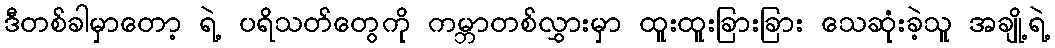
ဒီတစ်ခါမှာတော့ ရဲ့ ပရိသတ်တွေကို ကမ္ဘာတစ်လွှားမှာ ထူးထူးခြားခြား သေဆုံးခဲ့သူ အချို့ရဲ့